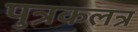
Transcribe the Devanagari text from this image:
पुत्रकलत्र